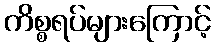
ကိစ္စရပ်များကြောင့်